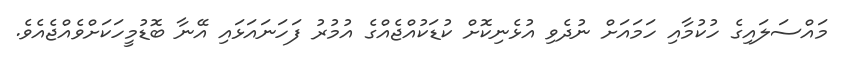
މައްސަލައިގެ ހުކުމާއި ހަމައަށް ނުދެވި އުޅެނިކޮށް ކުޑަކުއްޖެއްގެ އުމުރު ފަހަނައަޅައި އޭނާ ބޮޑުމީހަކަށްވެއްޖެއެވެ.